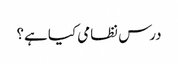
درس نظامی کیا ہے؟